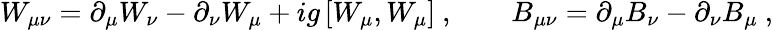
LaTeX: W_{\mu\nu}=\partial_{\mu}W_{\nu}-\partial_{\nu}W_{\mu}+ig\, [W_{\mu},W_{\mu}]\ ,\qquad B_{\mu\nu}=\partial_{\mu}B_{\nu}-\partial_{\nu}B_{\mu}\ ,